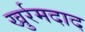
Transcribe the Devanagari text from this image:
खुर्रमदाद